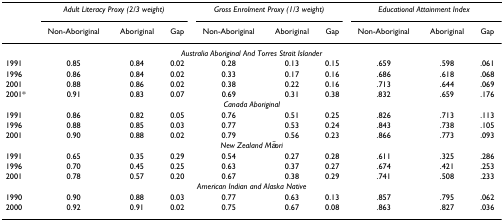
<table><thead><tr><td></td><td colspan="3"><b><i>Adult Literacy Proxy (2/3 weight)</i></b></td><td colspan="3"><b><i>Gross Enrolment Proxy (1/3 weight)</i></b></td><td colspan="3"><b><i>Educational Attainment Index</i></b></td></tr><tr><td></td><td><b>Non-Aboriginal</b></td><td><b>Aboriginal</b></td><td><b>Gap</b></td><td><b>Non-Aboriginal</b></td><td><b>Aboriginal</b></td><td><b>Gap</b></td><td><b>Non-Aboriginal</b></td><td><b>Aboriginal</b></td><td><b>Gap</b></td></tr></thead><tbody><tr><td colspan="10"><i>Australia Aboriginal And Torres Strait Islander</i></td></tr><tr><td>1991</td><td>0.85</td><td>0.84</td><td>0.02</td><td>0.28</td><td>0.13</td><td>0.15</td><td>.659</td><td>.598</td><td>.061</td></tr><tr><td>1996</td><td>0.86</td><td>0.84</td><td>0.02</td><td>0.33</td><td>0.17</td><td>0.16</td><td>.686</td><td>.618</td><td>.068</td></tr><tr><td>2001</td><td>0.88</td><td>0.86</td><td>0.02</td><td>0.38</td><td>0.22</td><td>0.16</td><td>.713</td><td>.644</td><td>.069</td></tr><tr><td>2001*</td><td>0.91</td><td>0.83</td><td>0.07</td><td>0.69</td><td>0.31</td><td>0.38</td><td>.832</td><td>.659</td><td>.176</td></tr><tr><td colspan="10"><i>Canada Aboriginal</i></td></tr><tr><td>1991</td><td>0.86</td><td>0.82</td><td>0.05</td><td>0.76</td><td>0.51</td><td>0.25</td><td>.826</td><td>.713</td><td>.113</td></tr><tr><td>1996</td><td>0.88</td><td>0.85</td><td>0.03</td><td>0.77</td><td>0.53</td><td>0.24</td><td>.843</td><td>.738</td><td>.105</td></tr><tr><td>2001</td><td>0.90</td><td>0.88</td><td>0.02</td><td>0.79</td><td>0.56</td><td>0.23</td><td>.866</td><td>.773</td><td>.093</td></tr><tr><td colspan="10"><i>New Zealand Māori</i></td></tr><tr><td>1991</td><td>0.65</td><td>0.35</td><td>0.29</td><td>0.54</td><td>0.27</td><td>0.28</td><td>.611</td><td>.325</td><td>.286</td></tr><tr><td>1996</td><td>0.70</td><td>0.45</td><td>0.25</td><td>0.63</td><td>0.37</td><td>0.27</td><td>.674</td><td>.421</td><td>.253</td></tr><tr><td>2001</td><td>0.78</td><td>0.57</td><td>0.20</td><td>0.67</td><td>0.38</td><td>0.29</td><td>.741</td><td>.508</td><td>.233</td></tr><tr><td colspan="10"><i>American Indian and Alaska Native</i></td></tr><tr><td>1990</td><td>0.90</td><td>0.88</td><td>0.03</td><td>0.77</td><td>0.63</td><td>0.13</td><td>.857</td><td>.795</td><td>.062</td></tr><tr><td>2000</td><td>0.92</td><td>0.91</td><td>0.02</td><td>0.75</td><td>0.67</td><td>0.08</td><td>.863</td><td>.827</td><td>.036</td></tr></tbody></table>